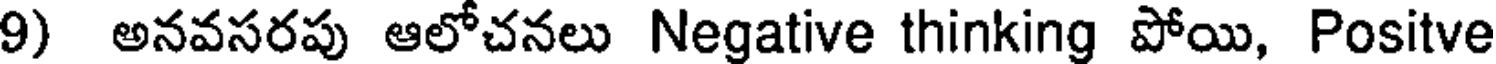
9) అనవసరపు ఆలోచనలు Negative thinking పోయి, Positve